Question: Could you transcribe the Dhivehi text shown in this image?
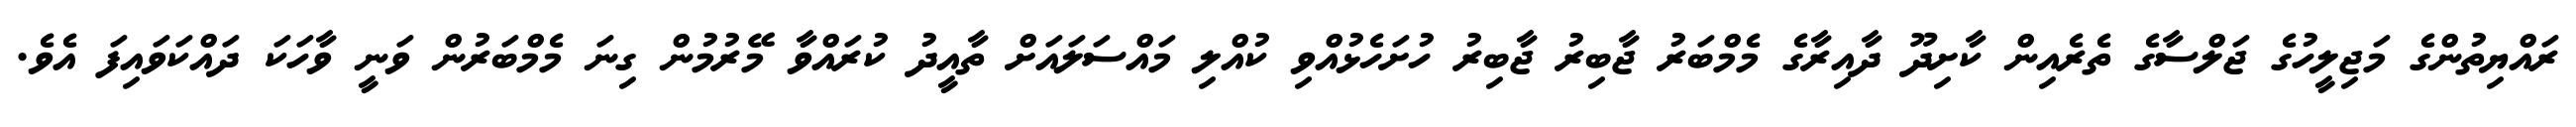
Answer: ރައްޔިތުންގެ މަޖިލީހުގެ ޖަލްސާގެ ތެރެއިން ކާށިދޫ ދާއިރާގެ މެމްބަރު ޖާބިރު ޖާބިރު ހުށަހެޅުއްވި ކުއްލި މައްސަލައަށް ތާއީދު ކުރައްވާ މޭރުމުން ގިނަ މެމްބަރުން ވަނީ ވާހަކަ ދައްކަވައިފަ އެވެ.